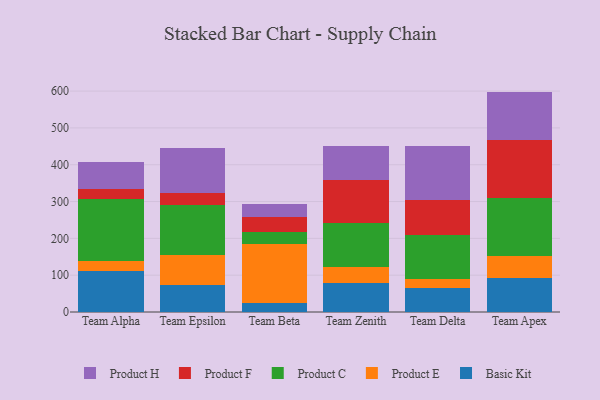
{"axis": {"x": "Team", "y": "Waste Production (Tons)"}, "legend": ["Basic Kit", "Product C", "Product E", "Product F", "Product H"], "data": [{"x": "Team Alpha", "y": 111.8, "type": "Basic Kit"}, {"x": "Team Alpha", "y": 27.2, "type": "Product E"}, {"x": "Team Alpha", "y": 166.9, "type": "Product C"}, {"x": "Team Alpha", "y": 29.3, "type": "Product F"}, {"x": "Team Alpha", "y": 72.9, "type": "Product H"}, {"x": "Team Epsilon", "y": 74.4, "type": "Basic Kit"}, {"x": "Team Epsilon", "y": 81.5, "type": "Product E"}, {"x": "Team Epsilon", "y": 133.8, "type": "Product C"}, {"x": "Team Epsilon", "y": 33.1, "type": "Product F"}, {"x": "Team Epsilon", "y": 122.9, "type": "Product H"}, {"x": "Team Beta", "y": 24.7, "type": "Basic Kit"}, {"x": "Team Beta", "y": 160.6, "type": "Product E"}, {"x": "Team Beta", "y": 30.9, "type": "Product C"}, {"x": "Team Beta", "y": 43.0, "type": "Product F"}, {"x": "Team Beta", "y": 33.6, "type": "Product H"}, {"x": "Team Zenith", "y": 78.7, "type": "Basic Kit"}, {"x": "Team Zenith", "y": 43.7, "type": "Product E"}, {"x": "Team Zenith", "y": 119.1, "type": "Product C"}, {"x": "Team Zenith", "y": 116.9, "type": "Product F"}, {"x": "Team Zenith", "y": 93.2, "type": "Product H"}, {"x": "Team Delta", "y": 64.0, "type": "Basic Kit"}, {"x": "Team Delta", "y": 25.7, "type": "Product E"}, {"x": "Team Delta", "y": 120.5, "type": "Product C"}, {"x": "Team Delta", "y": 94.3, "type": "Product F"}, {"x": "Team Delta", "y": 147.1, "type": "Product H"}, {"x": "Team Apex", "y": 93.2, "type": "Basic Kit"}, {"x": "Team Apex", "y": 59.2, "type": "Product E"}, {"x": "Team Apex", "y": 157.1, "type": "Product C"}, {"x": "Team Apex", "y": 157.6, "type": "Product F"}, {"x": "Team Apex", "y": 131.5, "type": "Product H"}]}